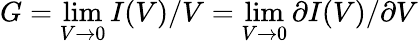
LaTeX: G=\operatorname*{lim}_{V\to 0}I(V)/V=\operatorname*{lim}_{V\to 0}\partial I(V)/\partial V